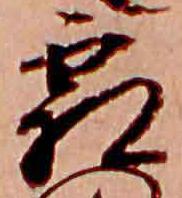
霜